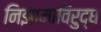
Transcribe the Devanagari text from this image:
निझामाविरुद्ध